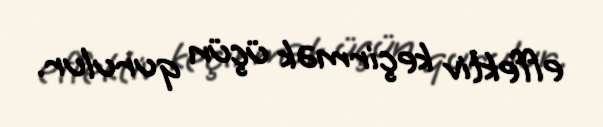
effektiv keçirmək üçün qurulur.